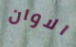
الاوان